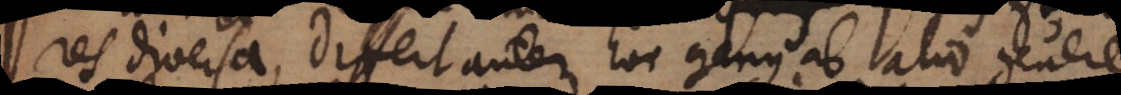
res diversa, differt autem hoc genus ab alio genere,